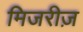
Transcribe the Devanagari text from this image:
मिजरीज़